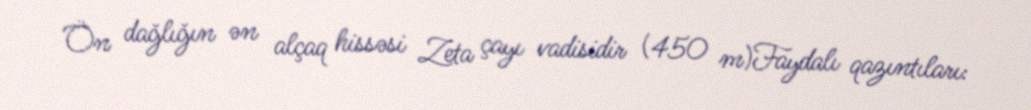
Ön dağlığın ən alçaq hissəsi Zeta çayı vadisidir (450 m)Faydalı qazıntıları: